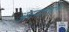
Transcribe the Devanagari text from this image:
अवसादवाले